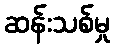
ဆန်းသစ်မှု